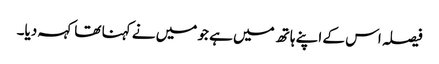
فیصلہ اس کے اپنے ہاتھ میں ہے جو میں نے کہنا تھا کہہ دیا۔